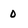
Character: 0